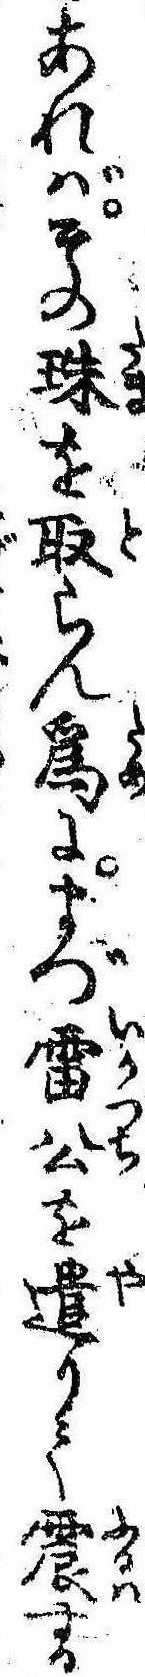
あればその珠を取らん為にまづ雷公を遣りて震する